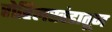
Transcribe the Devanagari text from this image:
रोहिलखंडातून